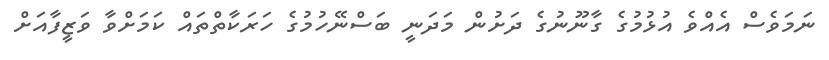
ނަމަވެސް އެއްވެ އުޅުމުގެ ގާނޫނުގެ ދަށުން މަދަނީ ބަސްނޭހުމުގެ ހަރަކާތްތައް ކަމަށްވާ ވަޒީފާއަށް